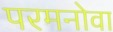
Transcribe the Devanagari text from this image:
परमनोवा